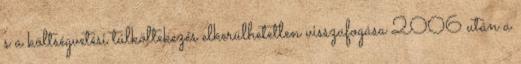
s a költségvetési túlköltekezés elkerülhetetlen visszafogása 2006 után a